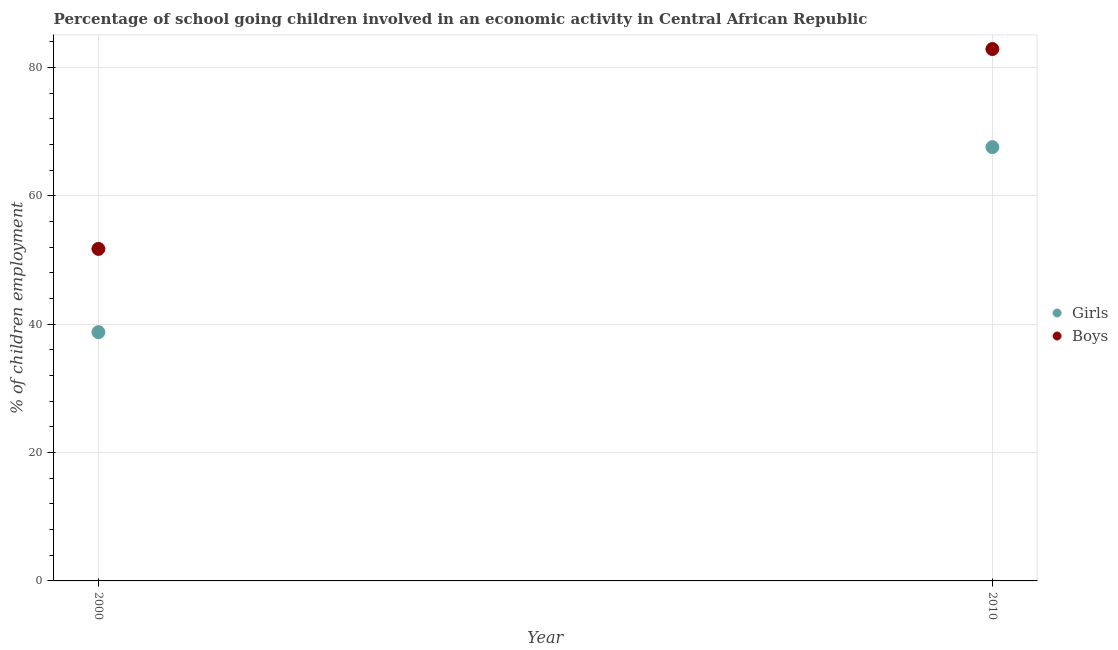
| Year | Girls | Boys |
 | --- | --- | --- |
 | 2000 | 38.8 | 51.7 |
 | 2010 | 67.6 | 82.9 |